Annual report of the Civil Veterinary Department, Bengal, and of the Bengal Veterinary College for the year 1903-1904 - 1903-1904
Year: 1903
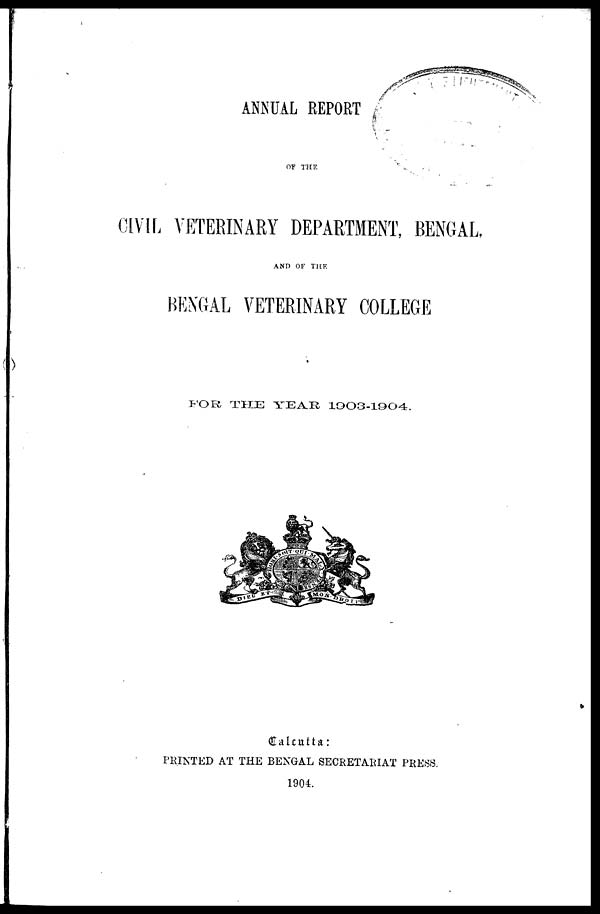
ANNUAL REPORT
OF THE
CIVIL VETERINARY DEPARTMENT, BENGAL
AND OF THE
BENGAL VETERINARY COLLEGE
FOR THE YEAR 1903-1904,
Calcutta:
PRINTED AT THE BENGAL SECRETARIAT PRESS.
1904.